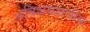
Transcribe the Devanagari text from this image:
अविशवशनीय